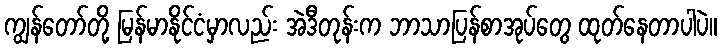
ကျွန်တော်တို့ မြန်မာနိုင်ငံမှာလည်း အဲဒီတုန်းက ဘာသာပြန်စာအုပ်တွေ ထုတ်နေတာပါပဲ။